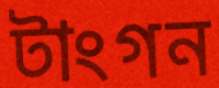
টাংগন